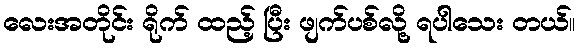
လေးအတိုင်း ရိုက် ထည့် ပြီး ဖျက်ပစ်လို့ ရပါသေး တယ်။